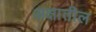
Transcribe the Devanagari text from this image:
अक्षातील